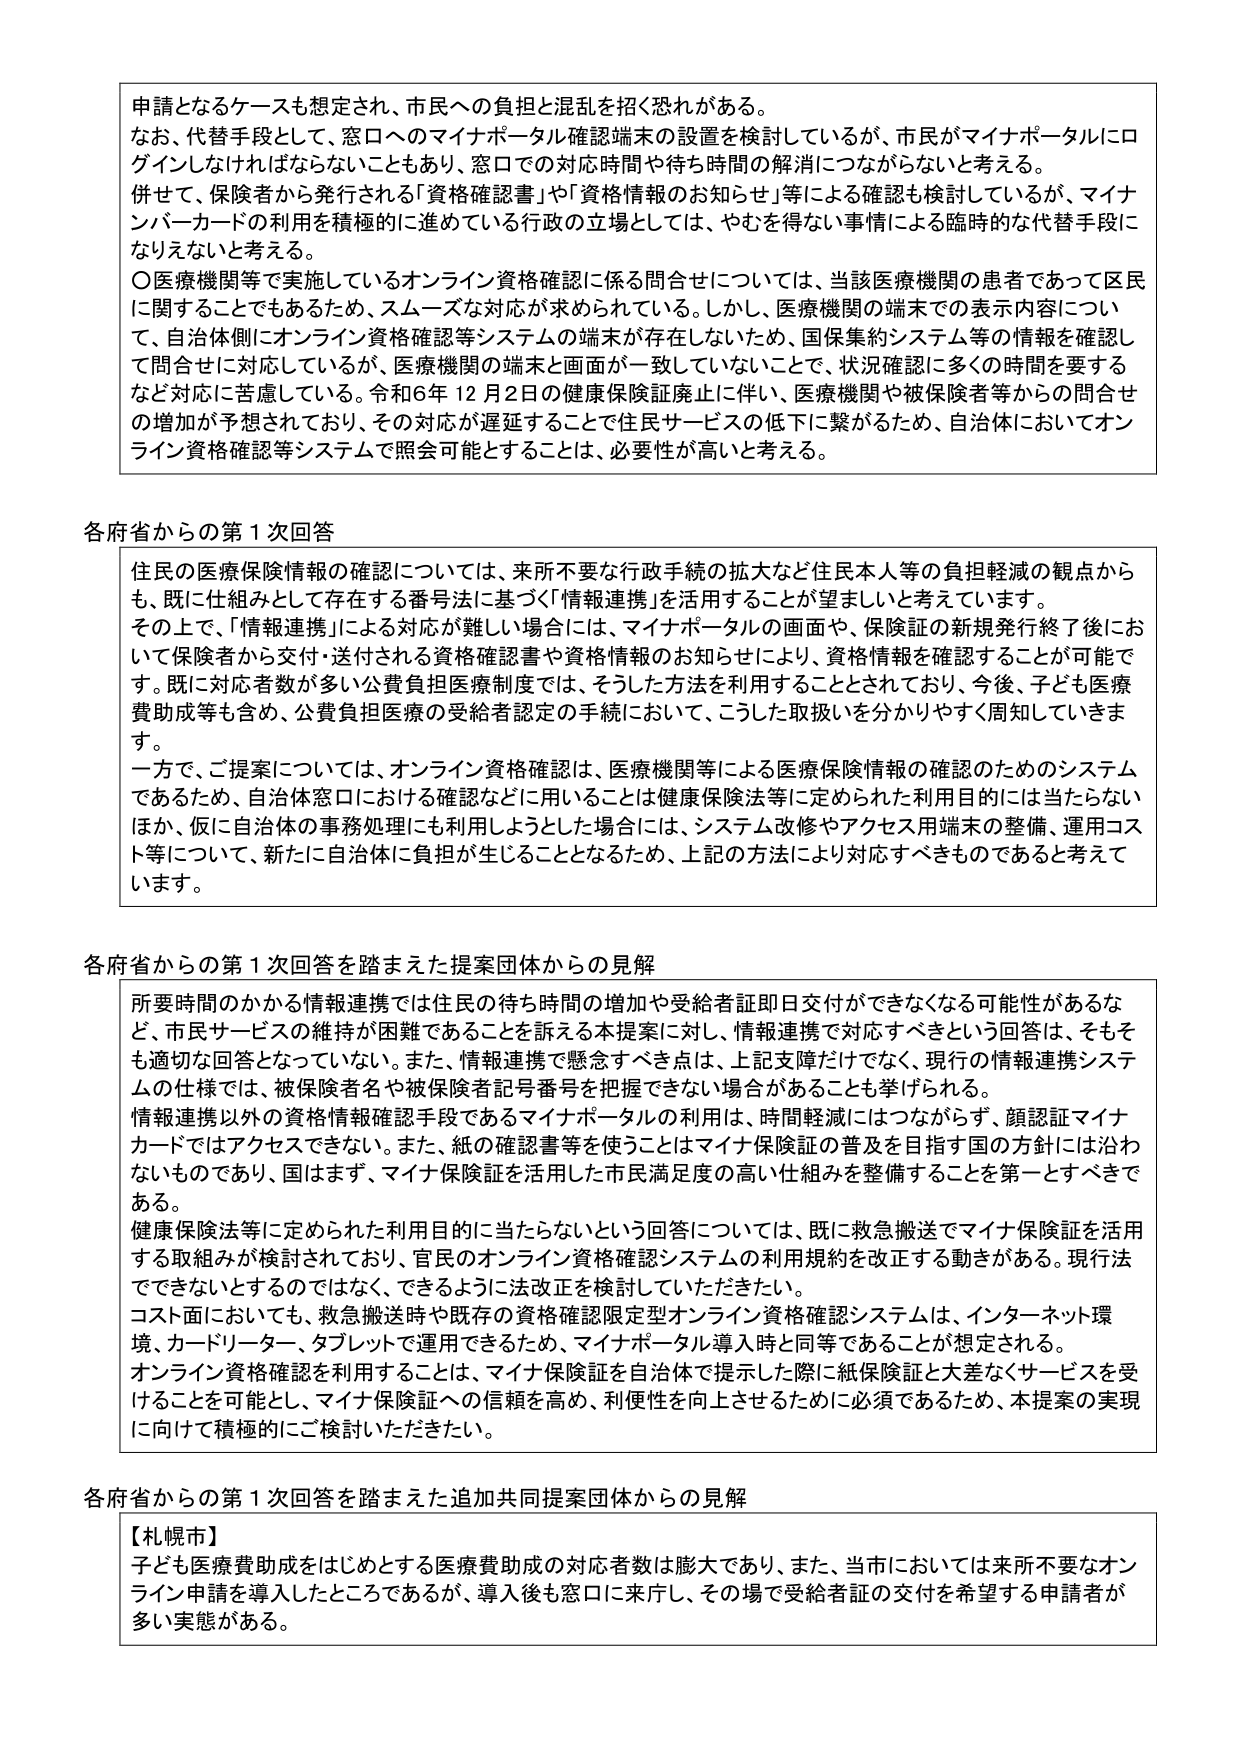
申請となるケースも想定され、市民への負担と混乱を招く恐れがある。
なお、代替手段として、窓口へのマイナポータル確認端末の設置を検討しているが、市民がマイナポータルにログインしなければならないこともあり、窓口での対応時間や待ち時間の解消につながらないと考える。
併せて、保険者から発行される「資格確認書」や「資格情報のお知らせ」等による確認も検討しているが、マイナンバーカードの利用を積極的に進めている行政の立場としては、やむを得ない事情による臨時的な代替手段にたりえないと考える。
〇医療機関等で実施しているオンライン資格確認に係る問合せについては、当該医療機関の患者であって区民に関することでもあるため、スムーズな対応が求められている。しかし、医療機関の端末での表示内容について、自治体側にオンライン資格確認等システムの端末が存在しないため、国保集約システム等の情報を確認して問合せに対応しているが、医療機関の端末と画面が一致していないことで、状況確認に多くの時間を要するなど対応に苦慮している。令和6年12月2日の健康保険証廃止に伴い、医療機関や被保険者等からの問合せの増加が予想されており、その対応が遅延することで住民サービスの低下に繋がるため、自治体においてオンライン資格確認等システムで照会可能とすることは、必要性が高いと考える。

各府省からの第1次回答
住民の医療保険情報の確認については、来所不要な行政手続の拡大など住民本人等の負担軽減の観点からも、既に仕組みとして存在する番号法に基づく「情報連携」を活用することが望ましいと考えています。
その上で、「情報連携」による対応が難しい場合には、マイナポータルの画面や、保険証の新規発行終了後において保険者から交付・送付される資格確認書や資格情報のお知らせにより、資格情報を確認することが可能です。既に対応者数が多い公費負担医療制度では、そうした方法を利用することとされており、今後、子ども医療費助成等も含め、公費負担医療の受給者認定の手続において、こうした取扱いを分かりやすく周知していきます。
一方で、ご提案については、オンライン資格確認は、医療機関等による医療保険情報の確認のためのシステムであるため、自治体窓口における確認などに用いることは健康保険法等に定められた利用目的には当たらないほか、仮に自治体の事務処理にも利用しようとした場合は、システム改修やアクセス用端末の整備、運用コスト等について、新たに自治体に負担が生じることとなるため、上記の方法により対応すべきものであると考えています。

各府省からの第1次回答を踏まえた提案団体からの見解
所要時間のかかる情報連携では住民の待ち時間の増加や受給者証即日交付ができなくなる可能性があるなど、市民サービスの維持が困難であることを訴える本提案に対し、情報連携で対応すべきという回答は、そもそも適切な回答となっていない。また、情報連携で懸念すべき点は、上記支障だけでなく、現行の情報連携システムの仕様では、被保険者名や被保険者記号番号を把握できない場合があることも挙げられる。
情報連携以外の資格情報確認手段であるマイナポータルの利用は、時間軽減にはつながらず、顔認証マイナカードではアクセスできない。また、紙の確認書等を使うことはマイナ保険証の普及を目指す国の方針には沿わないものであり、国はまず、マイナ保険証を活用した市民満足度の高い仕組みを整備することを第一とすべきである。
健康保険法等に定められた利用目的に当たらないという回答については、既に救急搬送でマイナ保険証を活用する取組みが検討されており、官民のオンライン資格確認システムの利用規約を改正する動きがある。現行法でできないとするのではなく、できるように法改正を検討していただきたい。
コスト面においても、救急搬送時や既存の資格確認限定型オンライン資格確認システムは、インターネット環境、カードリーダー、タブレットで運用できるため、マイナポータル導入時と同等であることが想定される。
オンライン資格確認を利用することは、マイナ保険証を自治体で提示した際に紙保険証と大差なくサービスを受けることを可能とし、マイナ保険証への信頼を高め、利便性を向上させるために必須であるため、本提案の実現に向けて積極的にご検討いただきたい。

各府省からの第1次回答を踏まえた追加共同提案団体からの見解
【札幌市】
子ども医療費助成をはじめとする医療費助成の対応者数は膨大であり、また、当市においては来所不要なオンライン申請を導入したところであるが、導入後も窓口に来庁し、その場で受給者証の交付を希望する申請者が多い実態がある。